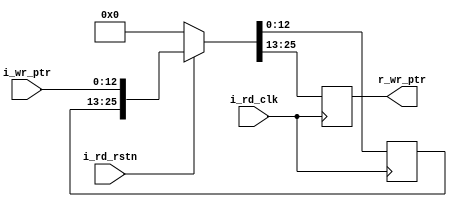
`timescale 1ns / 1ps
//////////////////////////////////////////////////////////////////////////////////
// Company: 
// Engineer: 
// 
// Design Name: 
// Module Name: synch_wr_pointer_1
// Project Name: 
// Target Devices: 
// Tool Versions: 
// Description: 
// 
// Dependencies: 
// 
// Revision:
// Revision 0.01 - File Created
// Additional Comments:
// 
//////////////////////////////////////////////////////////////////////////////////


module synch_wr_pointer_1
#(parameter PTR_R = 12
)
(input  i_rd_clk , 
 input  i_rd_rstn ,
 input  [PTR_R:0] i_wr_ptr ,
 output [PTR_R:0] r_wr_ptr
);

reg [PTR_R:0] d_f1 , d_f2 ;


always @(posedge i_rd_clk ) begin
     if (~i_rd_rstn)
            { d_f2 , d_f1} <= 0;
         else
            { d_f2 , d_f1} <= {d_f1 , i_wr_ptr};
     end 
     
  assign r_wr_ptr  = d_f2 ;
              

endmodule